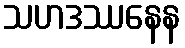
သဟဒဿနေန